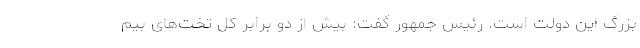
بزرگ این دولت است. رئیس جمهور گفت: بیش از دو برابر کل تخت‌های بیم